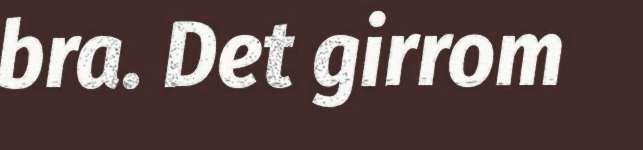
bra. Det girrom